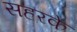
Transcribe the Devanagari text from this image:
सहरके